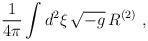
LaTeX: \begin{align*}\frac{1}{4\pi}\int d^2\xi\,\sqrt{-g}\,R^{(2)}\ ,\end{align*}